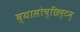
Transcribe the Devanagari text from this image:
व्यासोच्छिष्टम्